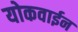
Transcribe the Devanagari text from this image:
योकवाईन